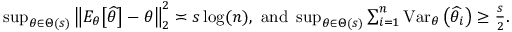
\begin{array} { r l } & { \operatorname* { s u p } _ { \theta \in \Theta ( s ) } \big \| E _ { \theta } \big [ \widehat \theta \big ] - \theta \big \| _ { 2 } ^ { 2 } \asymp s \log ( n ) , \mathrm { ~ a n d ~ } \operatorname* { s u p } _ { \theta \in \Theta ( s ) } \sum _ { i = 1 } ^ { n } \operatorname { V a r } _ { \theta } \big ( \widehat \theta _ { i } \big ) \geq \frac s 2 . } \end{array}